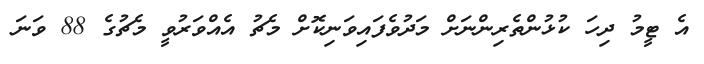
އެ ޓީމު ދިހަ ކުޅުންތެރިންނަށް މަދުވެފައިވަނިކޮށް މެޗު އެއްވަރުވީ މެޗުގެ 88 ވަނަ